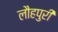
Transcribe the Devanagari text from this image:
लौहपुरी